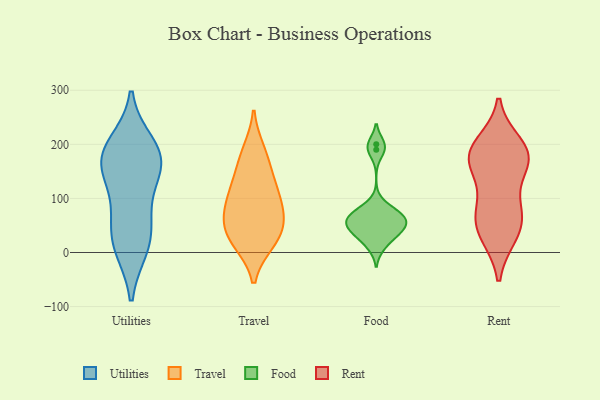
{"axis": {"x": "Satisfaction Score", "y": "Value"}, "legend": ["Food", "Rent", "Travel", "Utilities"], "data": [{"x": "", "y": 130, "type": "Utilities"}, {"x": "", "y": 71, "type": "Utilities"}, {"x": "", "y": 177, "type": "Utilities"}, {"x": "", "y": 171, "type": "Utilities"}, {"x": "", "y": 199, "type": "Utilities"}, {"x": "", "y": 178, "type": "Utilities"}, {"x": "", "y": 44, "type": "Utilities"}, {"x": "", "y": 161, "type": "Utilities"}, {"x": "", "y": 12, "type": "Utilities"}, {"x": "", "y": 10, "type": "Utilities"}, {"x": "", "y": 27, "type": "Travel"}, {"x": "", "y": 19, "type": "Travel"}, {"x": "", "y": 64, "type": "Travel"}, {"x": "", "y": 100, "type": "Travel"}, {"x": "", "y": 24, "type": "Travel"}, {"x": "", "y": 122, "type": "Travel"}, {"x": "", "y": 66, "type": "Travel"}, {"x": "", "y": 67, "type": "Travel"}, {"x": "", "y": 169, "type": "Travel"}, {"x": "", "y": 187, "type": "Travel"}, {"x": "", "y": 121, "type": "Travel"}, {"x": "", "y": 64, "type": "Food"}, {"x": "", "y": 73, "type": "Food"}, {"x": "", "y": 33, "type": "Food"}, {"x": "", "y": 51, "type": "Food"}, {"x": "", "y": 61, "type": "Food"}, {"x": "", "y": 190, "type": "Food"}, {"x": "", "y": 11, "type": "Food"}, {"x": "", "y": 200, "type": "Food"}, {"x": "", "y": 83, "type": "Food"}, {"x": "", "y": 61, "type": "Food"}, {"x": "", "y": 43, "type": "Food"}, {"x": "", "y": 35, "type": "Food"}, {"x": "", "y": 164, "type": "Rent"}, {"x": "", "y": 199, "type": "Rent"}, {"x": "", "y": 33, "type": "Rent"}, {"x": "", "y": 183, "type": "Rent"}, {"x": "", "y": 34, "type": "Rent"}, {"x": "", "y": 178, "type": "Rent"}, {"x": "", "y": 63, "type": "Rent"}, {"x": "", "y": 165, "type": "Rent"}, {"x": "", "y": 79, "type": "Rent"}, {"x": "", "y": 79, "type": "Rent"}, {"x": "", "y": 178, "type": "Rent"}]}